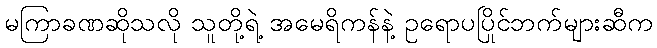
မကြာခဏဆိုသလို သူတို့ရဲ့ အမေရိကန်နဲ့ ဥရောပပြိုင်ဘက်များဆီက